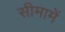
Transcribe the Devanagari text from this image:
सीमामें